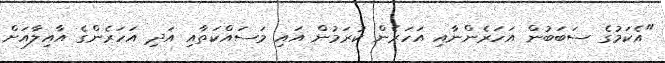
"އެކަމުގެ ސަބަބުން އަހަރެންނާއި އަހަރެން ކުރަމުން އައި މަސައްކަތާއި އަދި އަހަރެންގެ އާއިލާއަށް